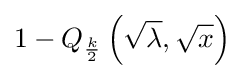
1-Q_{\frac {k}{2}}\left({\sqrt {\lambda }},{\sqrt {x}}\right)